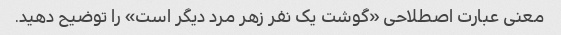
معنی عبارت اصطلاحی «گوشت یک نفر زهر مرد دیگر است» را توضیح دهید.